Lunatic asylums United Provinces 1909-1921 - 1909-1921
Year: 1909
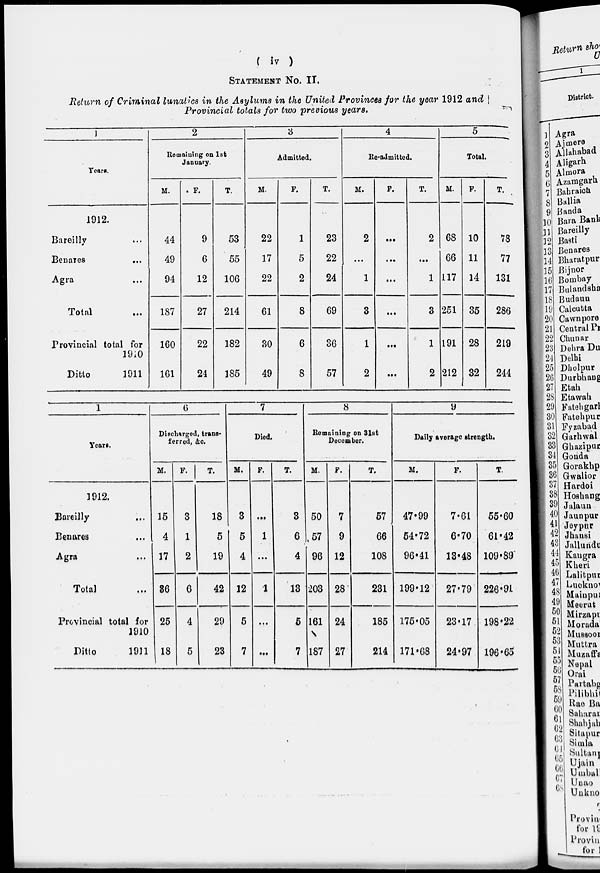
( iv )
STATEMENT No. II.
Return of Criminal lunatics in the Asylums in the United Provinces for the year 1912 and
Provincial totals for two previous
years.
1
Years.
1912.
Bareilly ...
Benares ...
Agra ...
Total ...
Provincial total for
1910
Ditto
1911
2
Remaining on 1st
January.
M.
44
49
94
187
160
161
F.
9
6
12
27
22
24
T.
53
55
106
214
182
185
3
Admitted.
M.
22
17
22
61
30
49
F.
1
5
2
8
6
8
T.
23
22
24
69
36
57
4
Re-admitted.
M.
2
...
1
3
1
2
F.
...
...
...
...
...
...
T.
2
...
1
3
1
2
5
Total.
M.
68
66
117
251
191
212
F.
10
11
14
35
28
32
T.
78
77
131
286
219
244
1
Years.
1912.
Bareilly
...
Benares ...
Agra ...
Total ...
Provincial total for
1910
Ditto
1911
0
Discharged, trans-
ferred, &c.
M.
15
4
17
36
25
18
F.
3
1
2
6
4
5
T.
18
5
19
42
29
23
7
Died.
M.
3
5
4
12
5
7
F.
...
1
...
1
...
...
T.
3
6
4
13
5
7
8
Remaining on 31st
December.
M.
50
57
96
203
161
187
F.
7
9
12
28
24
27
T.
57
66
108
231
185
214
9
Daily average strength.
M.
47.99
54.72
96.41
199.12
175.05
171.68
F.
7.61
6.70
13.48
27.79
23.17
24.97
T.
55.60
61.42
109.89
226.91
198.22
196.65